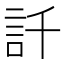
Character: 𲁢